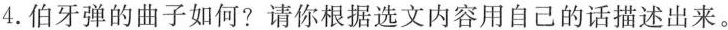
4.伯牙弹的曲子如何?请你根据选文内容用自己的话描述出来。